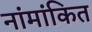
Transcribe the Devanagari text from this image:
नांमांकित